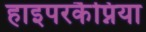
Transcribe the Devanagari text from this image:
हाइपरकैप्निया